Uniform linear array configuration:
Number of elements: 32
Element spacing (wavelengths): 0.5
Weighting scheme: hamming
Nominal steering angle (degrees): -60
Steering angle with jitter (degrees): -59.656
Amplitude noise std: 0.05
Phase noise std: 0.05

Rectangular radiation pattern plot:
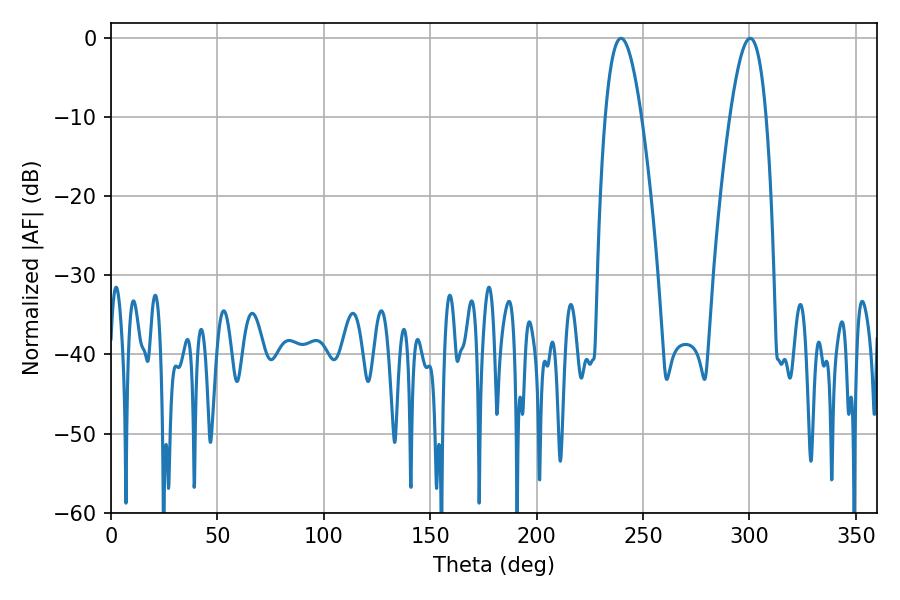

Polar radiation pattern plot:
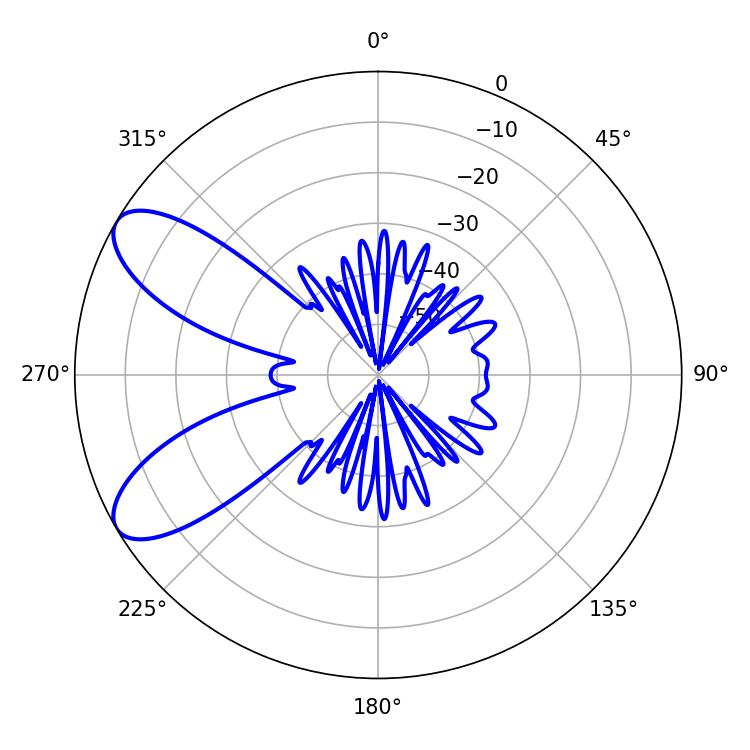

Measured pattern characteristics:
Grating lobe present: FALSE
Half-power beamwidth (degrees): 9.36
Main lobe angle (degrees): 239.58